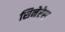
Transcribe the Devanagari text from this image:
सिनेरेस